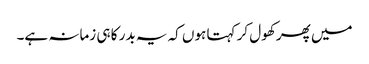
میں پھر کھول کر کہتا ہوں کہ یہ بدر کا ہی زمانہ ہے۔